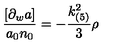
\frac { [ \partial _ { w } a ] } { a _ { 0 } n _ { 0 } } = - \frac { k _ { ( 5 ) } ^ { 2 } } { 3 } \rho